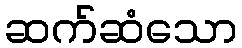
ဆက်ဆံသော